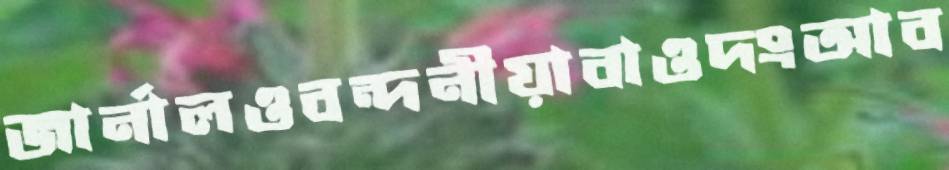
জার্নালওবন্দনীয়াবাওদংআব